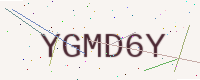
Text: YGMD6Y